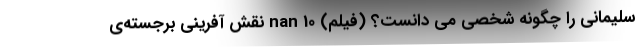
سلیمانی را چگونه شخصی می دانست؟ (فیلم) nan 10 نقش‌ آفرینی برجسته‌ی